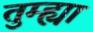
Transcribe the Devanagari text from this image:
तुम्ह्या